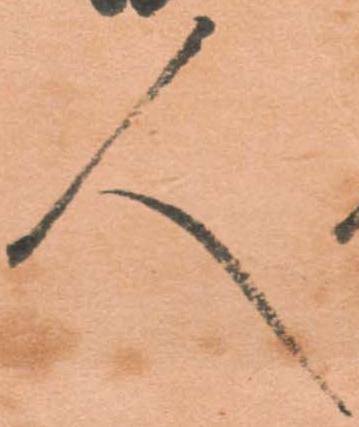
人